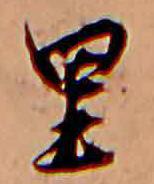
里